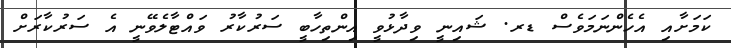
ކަމަށާއި އެހެންނަމަވެސް ޑރ. ޝައިނީ ވިދާޅުވީ އިންތިހާބީ ސަރުކާރު ވައްޓާލެވޭނީ އެ ސަރުކާރަށް